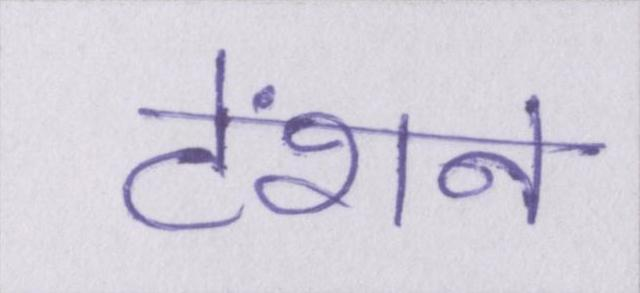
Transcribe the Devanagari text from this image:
टेंशन